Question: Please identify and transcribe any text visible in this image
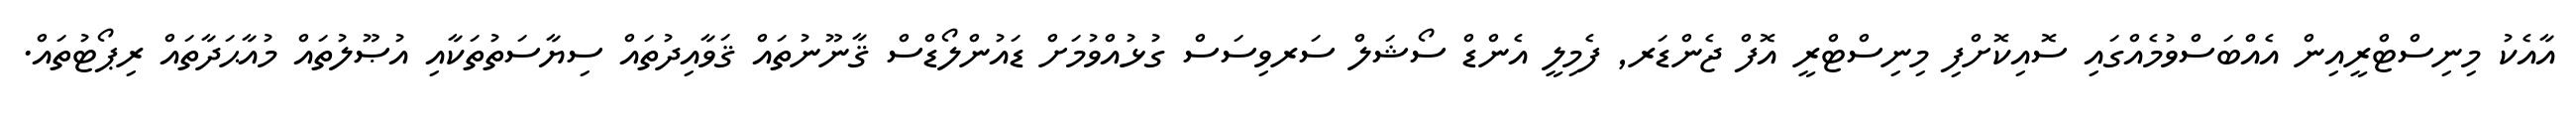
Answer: އާއެކު މިނިސްޓްރީއިން އެއްބަސްވުމެއްގައި ސޮއިކޮށްފި މިނިސްޓްރީ އޮފް ޖެންޑަރ, ފެމިލީ އެންޑް ސޯޝަލް ސަރވިސަސް ގުޅުއްވުމަށް ޑައުންލޯޑްސް ޤާނޫނުތައް ޤަވާއިދުތައް ސިޔާސަތުތަކާއި އުޞޫލުތައް މުއާޙަދާތައް ރިޕޯޓުތައް.